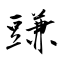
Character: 豏